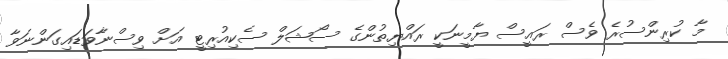
މާ ކުރިންސުރެ ވެސް ރައީސް ޔާމީނަކީ ރައްޔިތުންގެ ސޯޝަލް ސެކިއުރިޓީ އަށް ވިސްނާވަޑައިގަންނަވާ